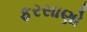
ફરસાણો